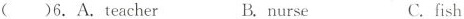
()6.A.teacher B.nurse C.fish